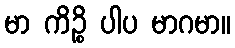
မာ ကိဉ္စိ ပါပ မာဂမာ။